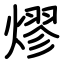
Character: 熮